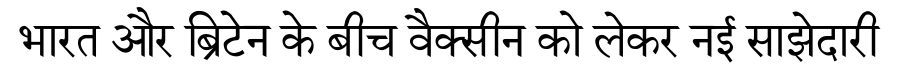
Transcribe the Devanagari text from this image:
भारत और ब्रिटेन के बीच वैक्सीन को लेकर नई साझेदारी